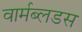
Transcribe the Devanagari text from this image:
वार्मब्लडस